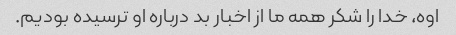
اوه، خدا را شکر همه ما از اخبار بد درباره او ترسیده بودیم.